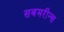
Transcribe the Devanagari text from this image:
सबमरीन्स